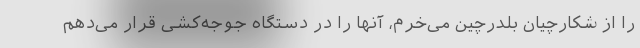
را از شکارچیان بلدرچین می‌خرم، آنها را در دستگاه جوجه‌کشی قرار می‌دهم